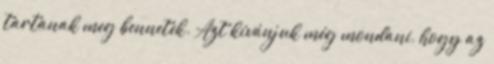
tartanak meg bennetek. Azt kívánjuk még mondani, hogy az